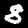
Digit: 8